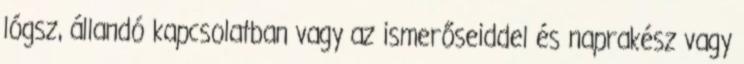
lógsz, állandó kapcsolatban vagy az ismerőseiddel és naprakész vagy